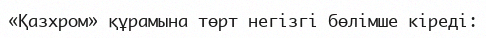
«Қазхром» құрамына төрт негізгі бөлімше кіреді: